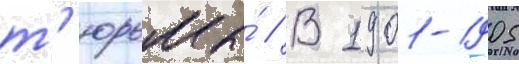
т'юрьмы́ // В 1901-1905